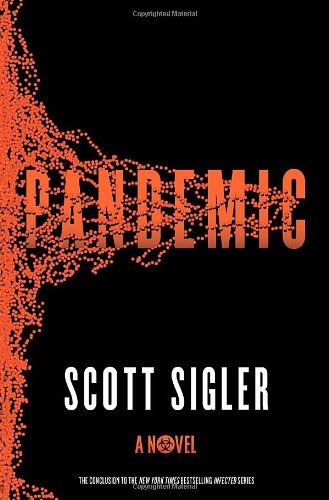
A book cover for Pandemic: A Novel; Scott Sigler; Literature & Fiction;